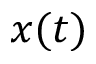
x ( t )